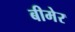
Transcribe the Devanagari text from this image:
बीमेर